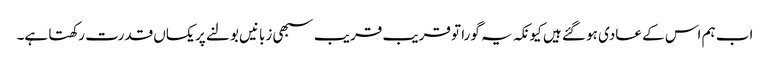
اب ہم اس کے عادی ہو گئے ہیں کیونکہ یہ گورا تو قریب قریب سبھی زبانیں بولنے پر یکساں قدرت رکھتا ہے۔